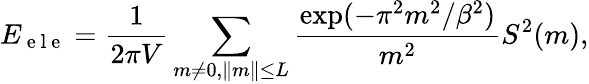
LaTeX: E_{\mathrm{~e~l~e~}}=\frac{1}{2\pi V}\sum_{m\neq 0,\| m\| \leq L}\frac{\exp({-\pi^{2}m^{2}/\beta^{2}})}{m^{2}}S^{2}(m),